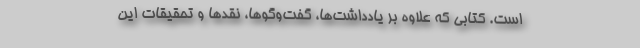
است. کتابی که علاوه بر یادداشت‌ها، گفت‌وگوها، نقدها و تحقیقات این